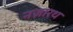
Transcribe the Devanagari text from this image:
नज़ारथ